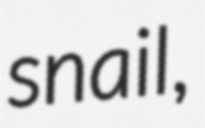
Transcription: snail,